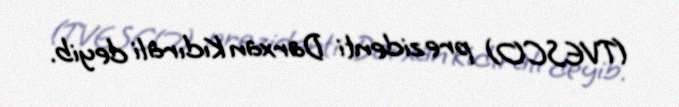
(TVESCO) prezidenti Darxan Kıdırali deyib.